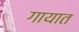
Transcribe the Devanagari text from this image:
गायात